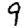
Digit: 9